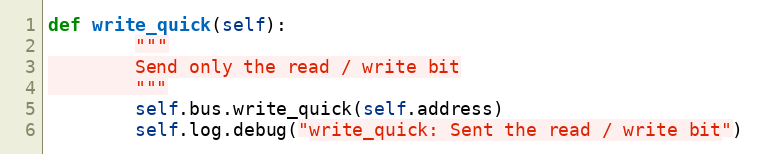
Language: Python
def write_quick(self):
        """
        Send only the read / write bit
        """
        self.bus.write_quick(self.address)
        self.log.debug("write_quick: Sent the read / write bit")